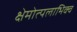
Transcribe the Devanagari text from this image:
क्षेमोत्पलाभिक्व